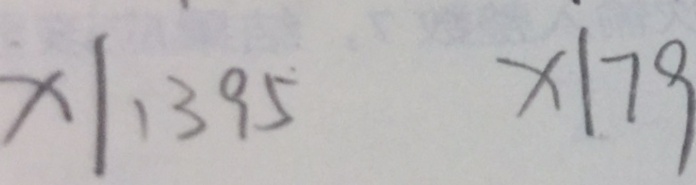
x \vert 1 3 9 5 x \vert 7 9